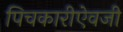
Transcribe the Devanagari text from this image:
पिचकारीऐवजी